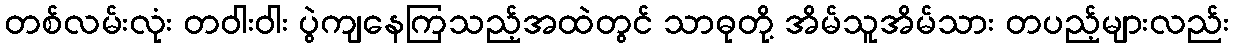
တစ်လမ်းလုံး တဝါးဝါး ပွဲကျနေကြသည့်အထဲတွင် သာဓုတို့ အိမ်သူအိမ်သား တပည့်များလည်း